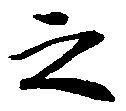
之